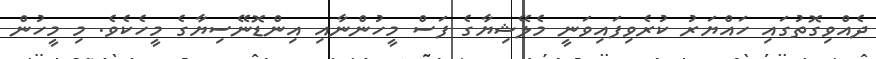
ދެއްވިގޮތުގައި ހައްޔަރު ކުރެވިފައިވަނީ މެލޭޝިޔާގެ ފަސް މީހުންނާއި އިންޑޮނޭސިޔާގެ މީހެކެވެ. މި މީހުން